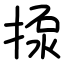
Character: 揼